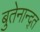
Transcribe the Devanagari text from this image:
बुतेनान्द्त